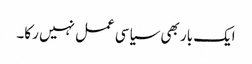
ایک بار بھی سیاسی عمل نہیں رکا۔